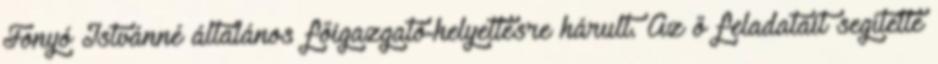
Fonyó Istvánné általános főigazgató-helyettesre hárult. Az ő feladatait segítette